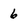
Character: 6